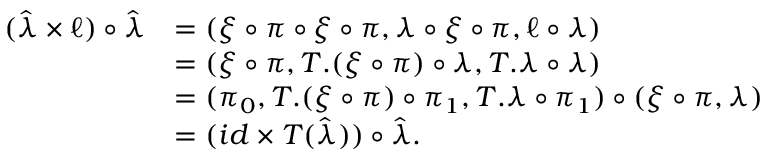
\begin{array} { r l } { ( \hat { \lambda } \times \ell ) \circ \hat { \lambda } } & { = ( \xi \circ \pi \circ \xi \circ \pi , \lambda \circ \xi \circ \pi , \ell \circ \lambda ) } \\ & { = ( \xi \circ \pi , T . ( \xi \circ \pi ) \circ \lambda , T . \lambda \circ \lambda ) } \\ & { = ( \pi _ { 0 } , T . ( \xi \circ \pi ) \circ \pi _ { 1 } , T . \lambda \circ \pi _ { 1 } ) \circ ( \xi \circ \pi , \lambda ) } \\ & { = ( i d \times T ( \hat { \lambda } ) ) \circ \hat { \lambda } . } \end{array}